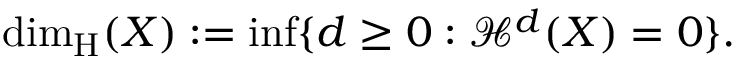
\dim _ { \operatorname { H } } ( X ) : = \operatorname* { i n f } \{ d \geq 0 : { \mathcal { H } } ^ { d } ( X ) = 0 \} .